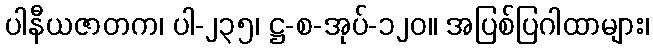
ပါနီယဇာတက၊ ပါ-၂၃၅၊ ဋ္ဌ-စ-အုပ်-၁၂၀။ အပြစ်ပြဂါထာများ၊